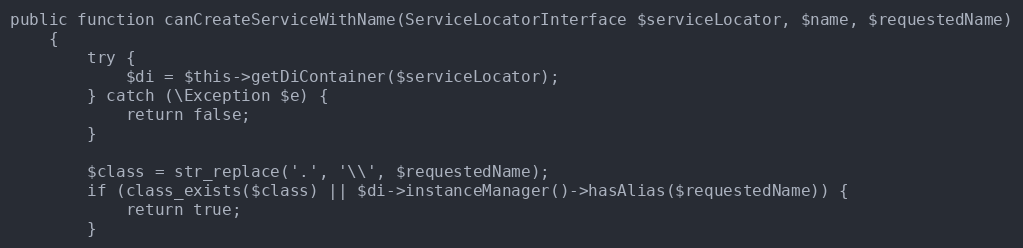
Language: PHP
public function canCreateServiceWithName(ServiceLocatorInterface $serviceLocator, $name, $requestedName)
    {
        try {
            $di = $this->getDiContainer($serviceLocator);
        } catch (\Exception $e) {
            return false;
        }

        $class = str_replace('.', '\\', $requestedName);
        if (class_exists($class) || $di->instanceManager()->hasAlias($requestedName)) {
            return true;
        }